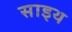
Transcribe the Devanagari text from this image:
साइथ